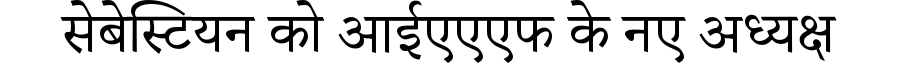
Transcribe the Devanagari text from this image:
सेबेस्टियन को आईएएएफ के नए अध्यक्ष